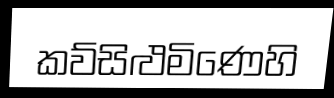
කව්සිළුමිණෙහි